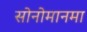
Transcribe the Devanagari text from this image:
सोनोमानमा